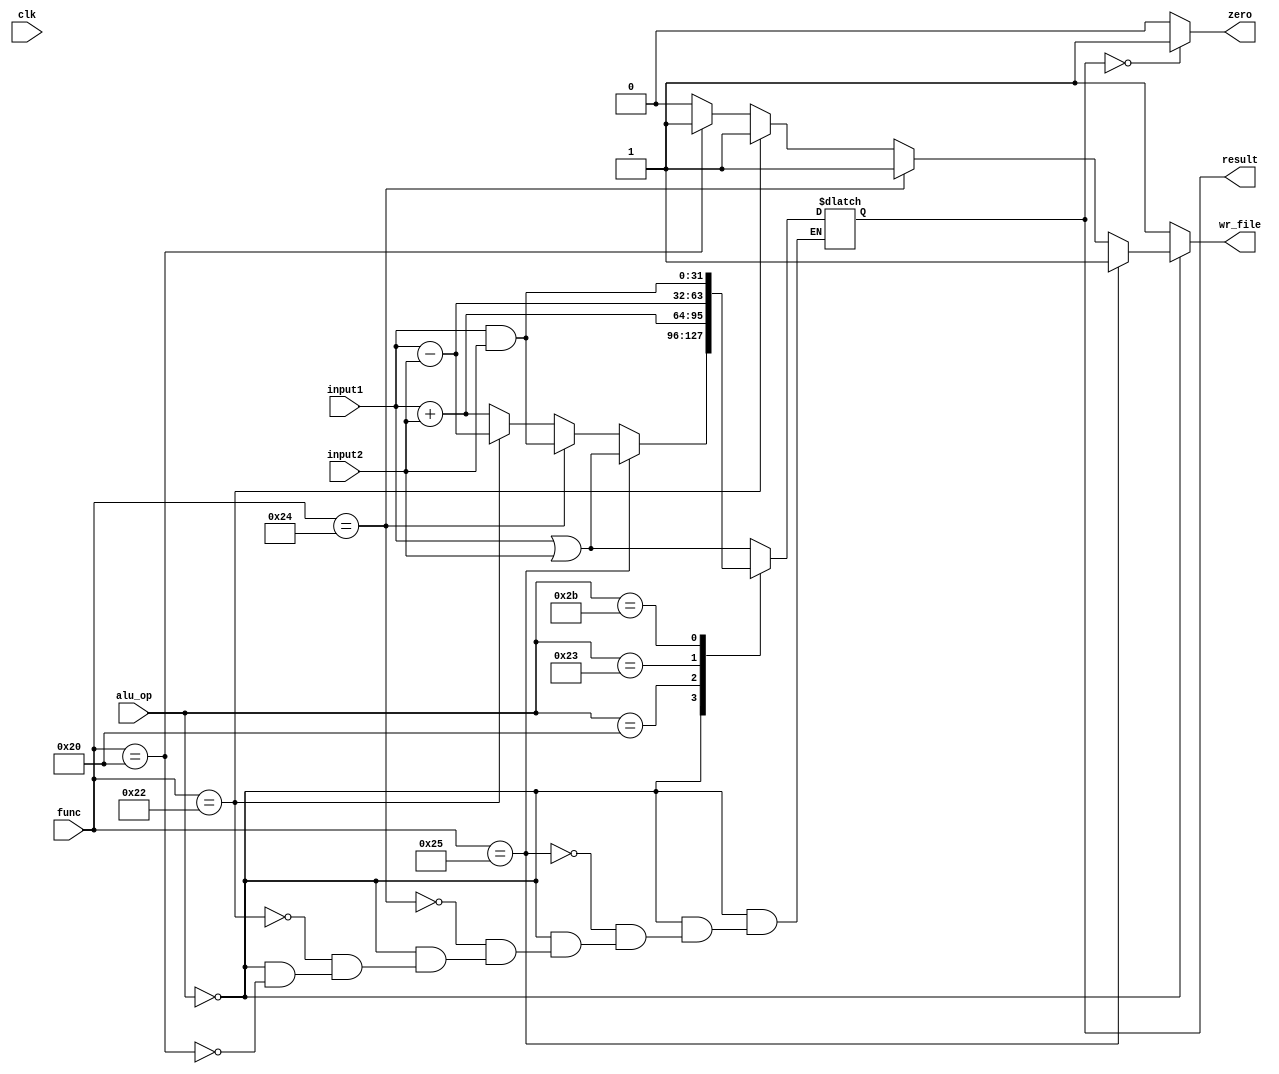
module alu(input1,input2,alu_op,func,result,zero,wr_file,clk); 
      input  clk;  
      input          [31:0]     input1; //input1         
      input          [31:0]     input2; //input2        
      input          [5:0]     alu_op; //opcode  
      input          [5:0]	    func;// whatever function it may be and or etc
      output     reg     [31:0]     result;    //stores the result          
      output zero ; // stores if the result is zero
      output reg wr_file;
          	  // enable   
        
 always @(*)  
 begin   
      wr_file=1'b0;
      case(alu_op)  
      6'b000000: begin
	                    if(func==6'b100000)
                         begin
                          
                          result=input1 + input2;
                          wr_file=1'b1;
                        end
                        if(func==6'b100010)
                         begin
                        
                          result=input1 - input2;
                          wr_file=1'b1;
                        end
                         if(func==6'b100100)
                          begin
                       
                          result=input1 & input2;
                          wr_file=1'b1;
                         end
                         if(func==6'b100101)
                          begin
                       
                         result= input1 | input2;
                         wr_file=1'b1;
                        end
				 end
				
      6'b100000: begin
                        
                          result=input1 + input2;
                          wr_file=1'b1;
                 end// and
      6'b100011: begin
                        
                          result=input1 - input2;
                          wr_file=1'b1;
                 end// // and  
      6'b101011: begin
                        
                          result=input1 & input2;
                          wr_file=1'b1;
                 end// // or  
      default:begin
                        
                          result=input1 | input2;
                          wr_file=1'b1;
                 end//   
      endcase  
 end  
 assign zero = (result==32'd0) ? 1'b1: 1'b0;  
 endmodule